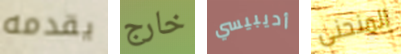
يقدمه خارج أديبيسي المنحنى